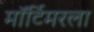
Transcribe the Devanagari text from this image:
मॉर्टिमरला